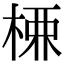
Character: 𭪚